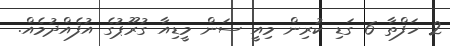
2 ހަފްތާ 6 ގަޑި ކުރިން މިއީ ސަން މީޑިއާ ގުރޫޕުގެ އުފެއްދުމެއް.